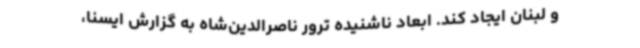
و لبنان ایجاد کند. ابعاد ناشنیده‌ ترور ناصرالدین‌شاه به گزارش ایسنا،